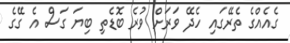
ގެއެއްގެ ތެރޭގައި ހެދޭ ވަރަށް ވުރެ ބޮޑެތި ބިޔަ ގަސް އެ ގޭގެ